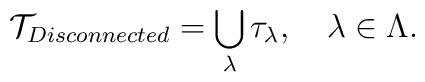
{\cal T}_{Disconnected} = \bigcup_\lambda \tau_\lambda, \quad\lambda \in \Lambda.